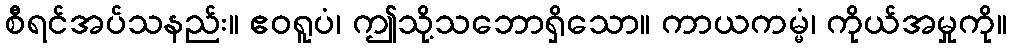
စီရင်အပ်သနည်း။ ဧဝရူပံ၊ ဤသို့သဘောရှိသော။ ကာယကမ္မံ၊ ကိုယ်အမှုကို။